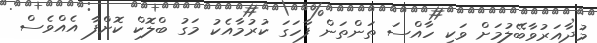
މުދާއަރުވާބޭލުމަށް ވަކި ހާއްސަ ތަންތަން ފާހަގަ ކުރުމާއެކު މަގު ބްލޮކް ކޮށްފާ އެއްވެސް